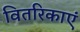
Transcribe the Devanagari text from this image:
वितरिकाएं